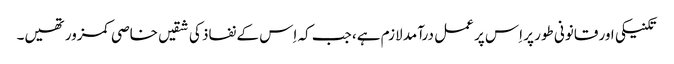
تکنیکی اور قانونی طور پر اِس پر عمل درآمد لازم ہے، جب کہ اِس کے نفاذ کی شقیں خاصی کمزور تھیں۔